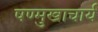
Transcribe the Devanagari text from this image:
षण्मुखाचार्य